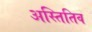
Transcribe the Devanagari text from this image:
अस्तितिव